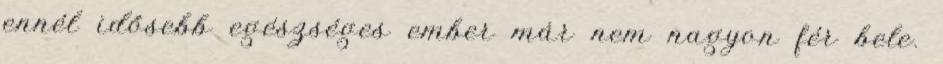
ennél idősebb egészséges ember már nem nagyon fér bele.